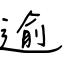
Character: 逾